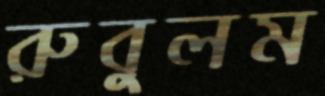
রুবুলম